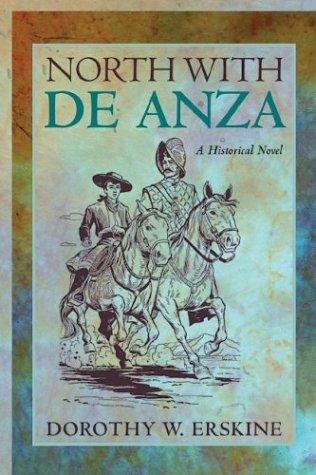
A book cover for North with De Anza: A Historical Novel; Dorothy W. Erskine; Teen & Young Adult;